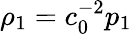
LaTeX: \rho_{1}=c_{0}^{-2}p_{1}